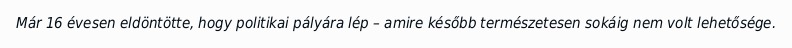
Már 16 évesen eldöntötte, hogy politikai pályára lép – amire később természetesen sokáig nem volt lehetősége.